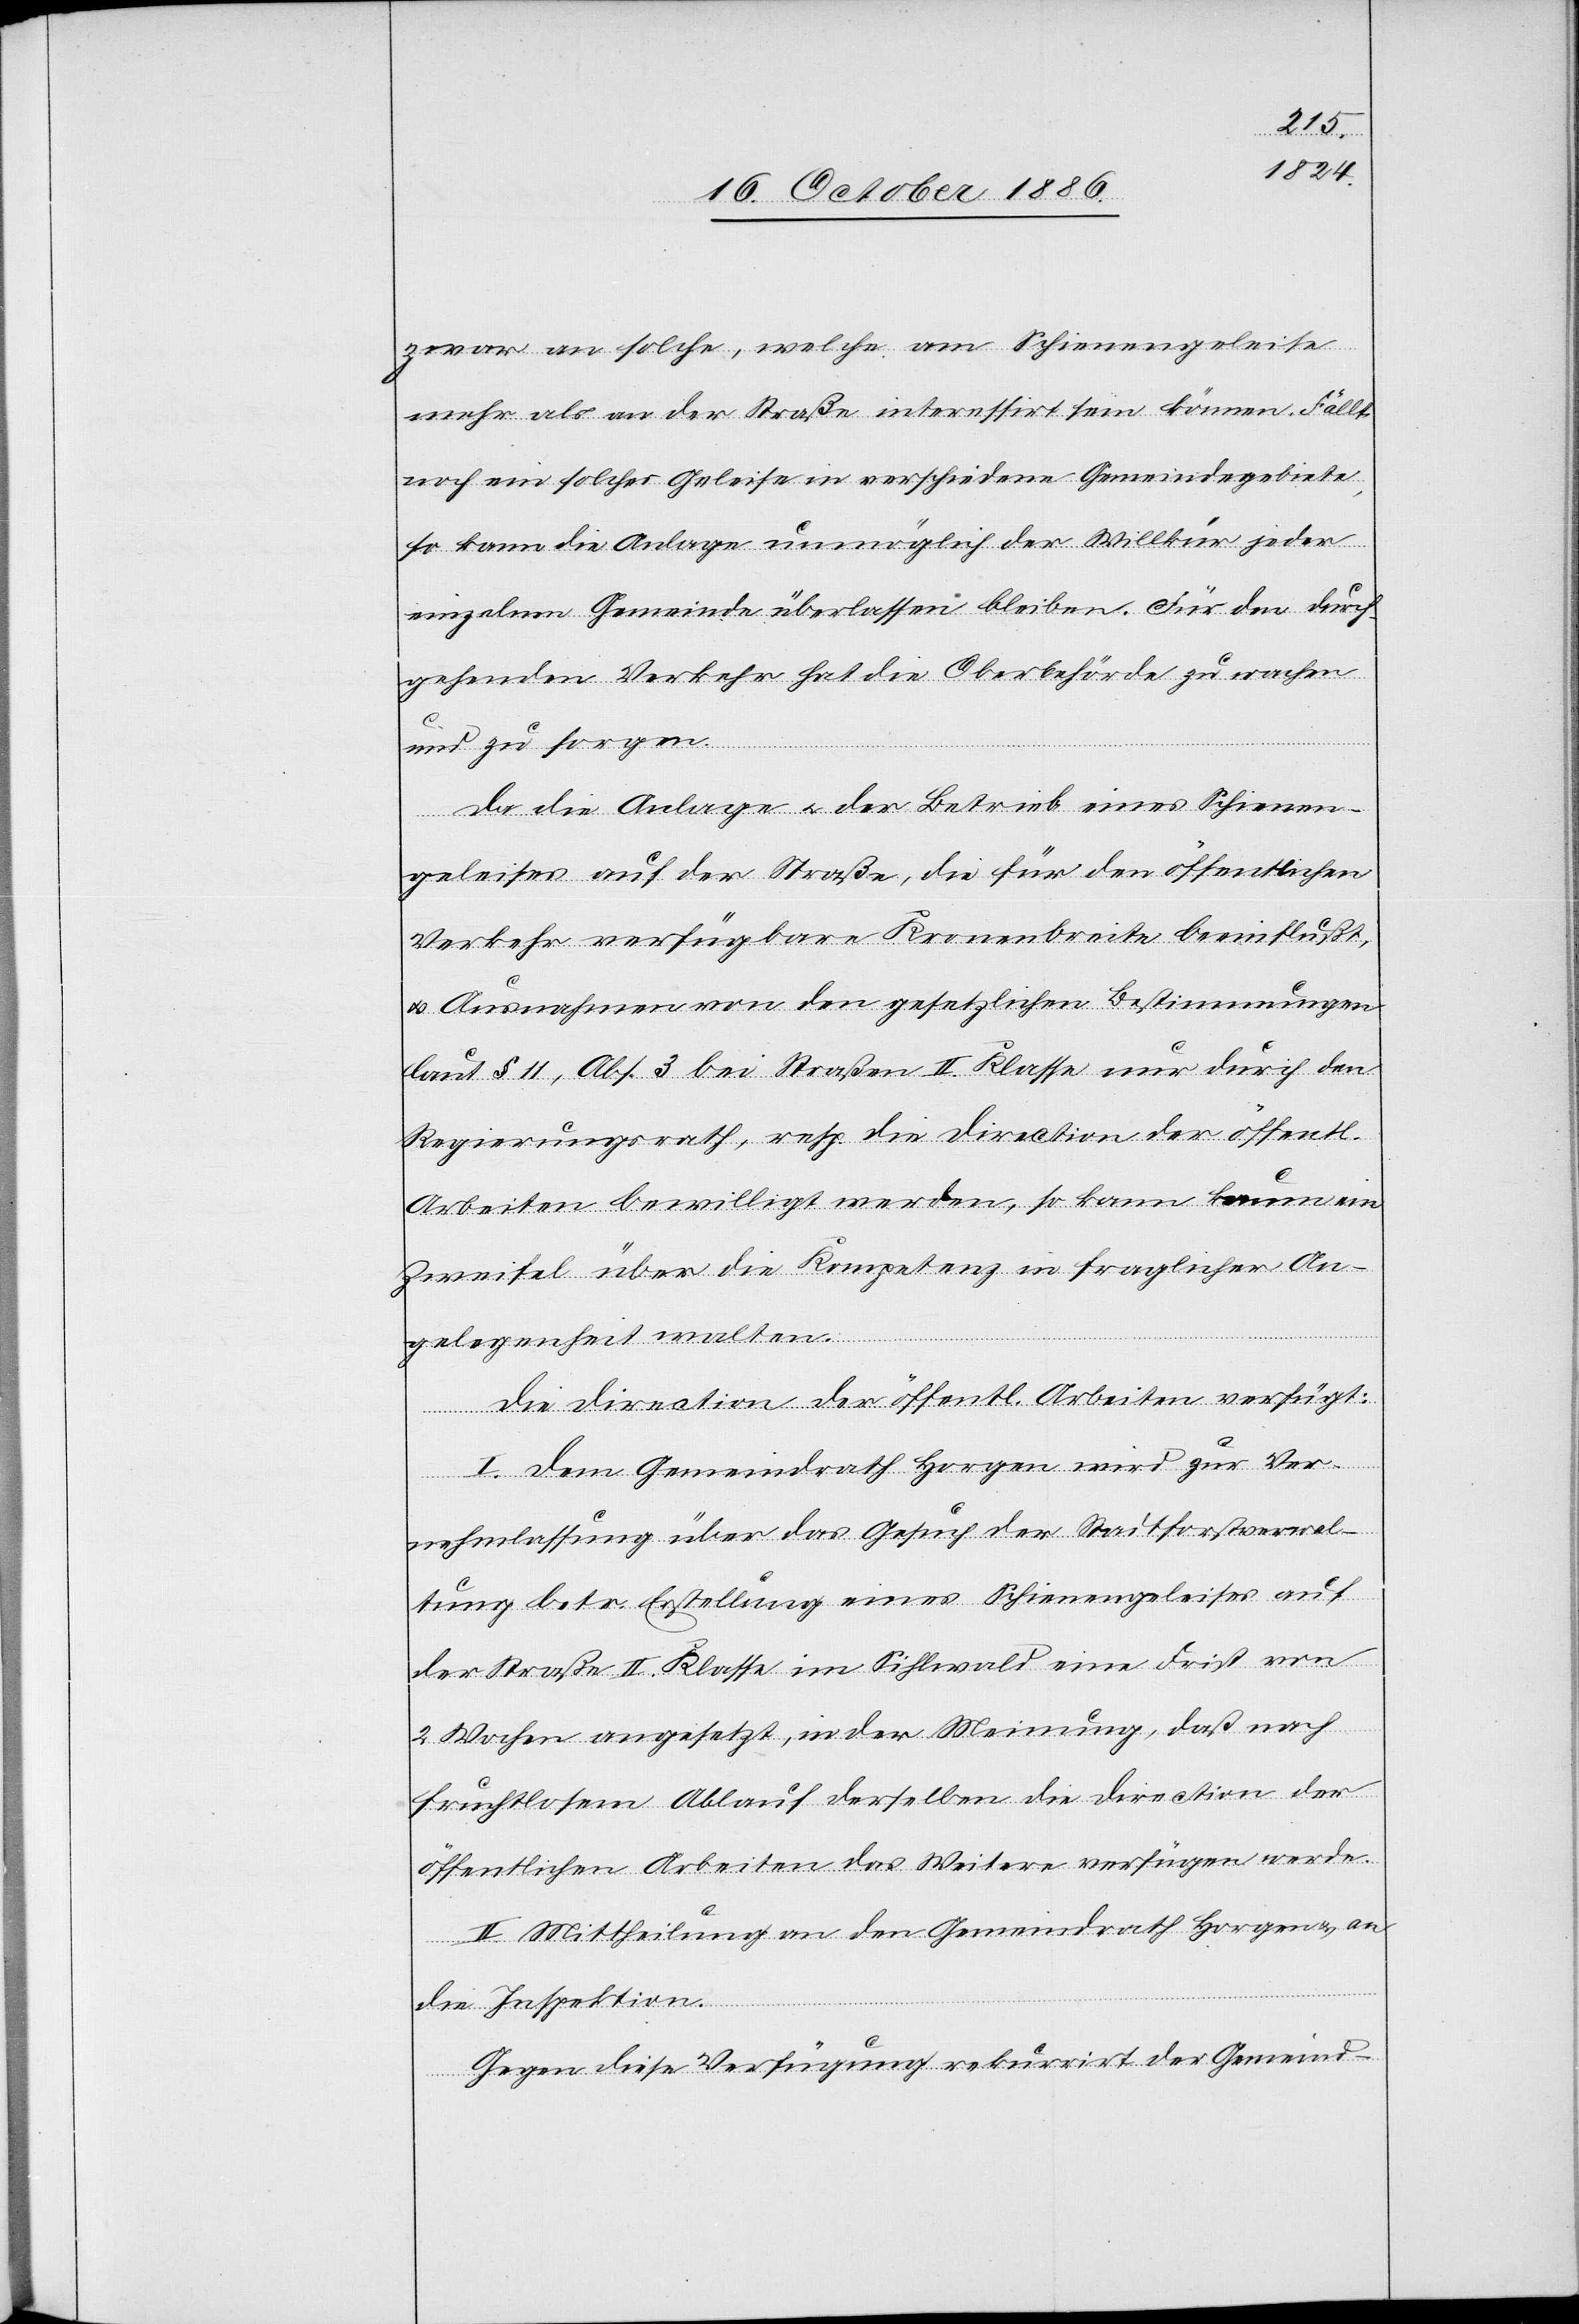
zwar an solche, welche am Schienengeleise
mehr als an der Straße interessirt sein können. Fällt
noch ein solches Geleise in verschiedene Gemeindegebiete,
so kann die Anlage unmöglich der Willkür jeder
einzelnen Gemeinde überlassen bleiben. Für den durch¬
gehenden Verkehr hat die Oberbehörde zu wachen
und zu sorgen.
Da die Anlage & der Betrieb eines Schienen¬
geleises auf der Straße, die für den öffentlichen
Verkehr verfügbare Kronenbreite beeinflußt,
& Ausnahmen von den gesetzlichen Bestimmungen
laut § 11, Abs. 3 bei Straßen II. Klasse nur durch den
Regierungsrath, resp. die Direction der öffentl.
Arbeiten bewilligt werden, so kann kaum ein
Zweifel über die Kompetenz in fraglicher An¬
gelegenheit walten.
Die Direction der öffentl. Arbeiten verfügt:
I. Dem Gemeindrath Horgen wird zur Ver¬
nehmlassung über das Gesuch der Stadtforstverwal¬
tung betr. Erstellung eines Schienengeleises auf
der Straße II. Klasse im Sihlwald eine Frist von
2 Wochen angesetzt, in der Meinung, daß nach
fruchtlosem Ablauf derselben die Direction der
öffentlichen Arbeiten das Weitere verfügen werde.
II. Mittheilung an den Gemeindrath Horgen & an
die Inspektion.
Gegen diese Verfügung rekurrirt der Gemeind-